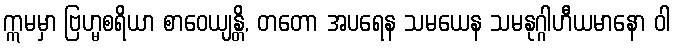
ဣမမှာ ဗြဟ္မစရိယာ စာဝေယျန္တိ, တတော အပရေန သမယေန သမနုဂ္ဂါဟီယမာနော ဝါ